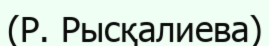
(Р. Рысқалиева)